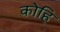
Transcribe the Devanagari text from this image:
कोहि